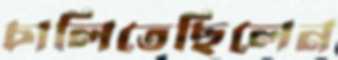
চালিতেছিলেন